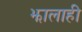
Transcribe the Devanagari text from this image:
झालाही